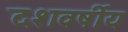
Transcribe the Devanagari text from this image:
दशवर्षीय